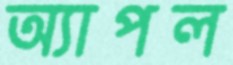
অ্যাপল